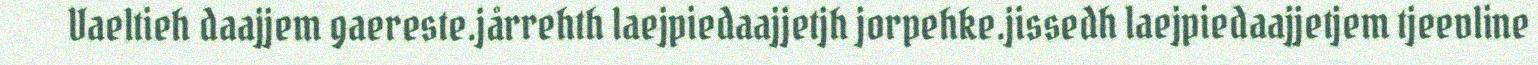
Vaeltieh daajjem gaereste.jårrehth laejpiedaajjetjh jorpehke.jissedh laejpiedaajjetjem tjeevline